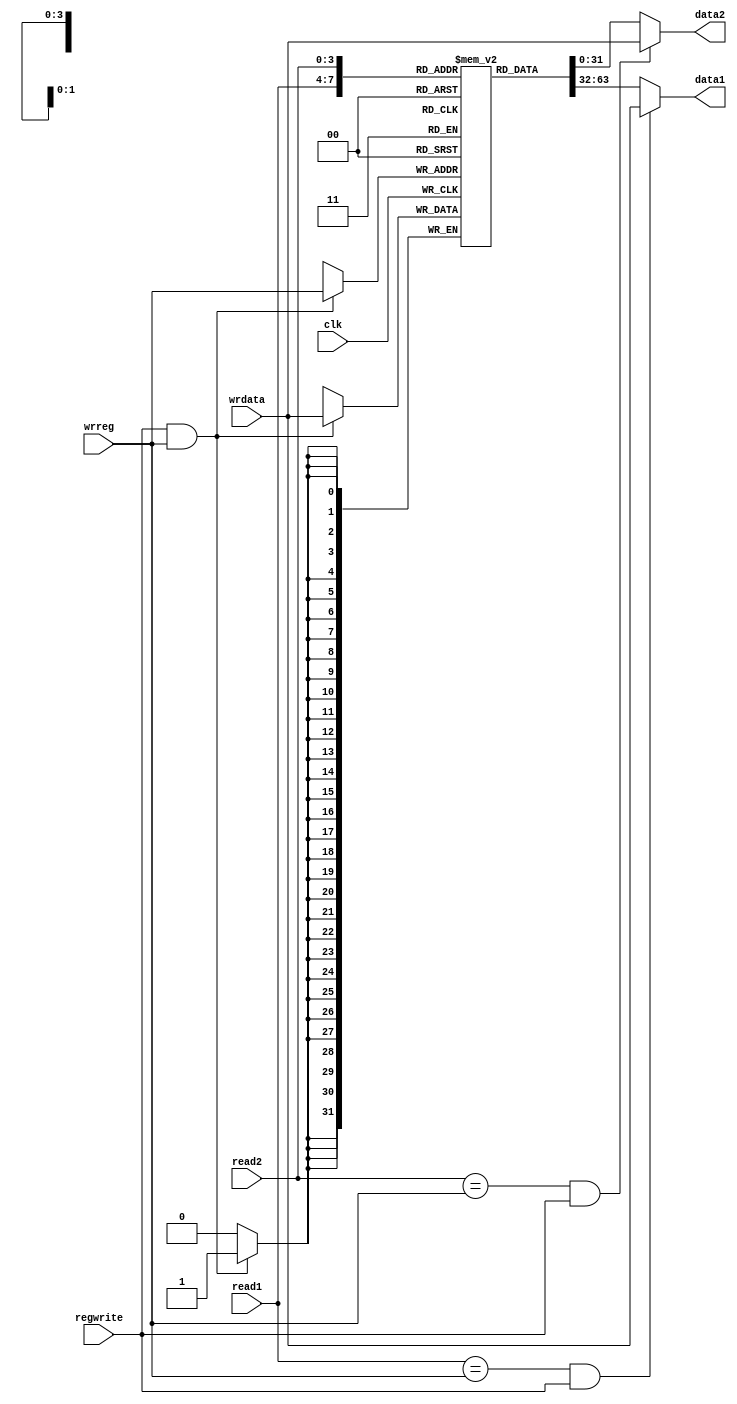
/*
 * regm - register memory
 *
 * A 32-bit register memory.  Two registers can be read at once. The
 * variables `read1` and `read2` specify which registers to read.  The
 * output is placed in `data1` and `data2`.
 *
 * If `regwrite` is high, the value in `wrdata` will be written to the
 * register in `wrreg`.
 *
 * The register at address $zero is treated special, it ignores
 * assignment and the value read is always zero.
 *
 * If the register being read is the same as that being written, the
 * value being written will be available immediately without a one
 * cycle delay.
 *
 */

`ifndef _regm
`define _regm

`ifndef DEBUG_CPU_REG
`define DEBUG_CPU_REG 0
`endif

module regm(
		input wire			clk,
		input wire  [3:0]	read1, read2,
		output wire [31:0]	data1, data2,
		input wire			regwrite,
		input wire	[3:0]	wrreg,
		input wire	[31:0]	wrdata);

	reg [31:0] mem [0:15];  // 32-bit memory with 32 entries

	reg [31:0] _data1, _data2;

	initial begin
		if (`DEBUG_CPU_REG) begin
			$display("     v0,      v1,      v2,      v3,      v4,      v5,      v6,      v7,      r0,      r1");
			$monitor("%x, %x, %x, %x, %x, %x, %x, %x, %x, %x",
					mem[0][31:0],	/* v0 */
					mem[1][31:0],	/* v1 */
					mem[2][31:0],	/* v2 */
					mem[3][31:0],	/* v3 */
					mem[4][31:0],	/* v4 */
					mem[5][31:0],	/* v5 */
					mem[6][31:0],	/* v6 */
					mem[7][31:0],	/* v7 */
					mem[8][31:0],	/* v8 */
					mem[9][31:0],	/* r0 */
					mem[10][31:0],	/* r1 */
				);
		end
	end

	always @(*) begin
		if ((read1 == wrreg) && regwrite)
			_data1 = wrdata;
		else
			_data1 = mem[read1][31:0];
	end

	always @(*) begin
		if ((read2 == wrreg) && regwrite)
			_data2 = wrdata;
		else
			_data2 = mem[read2][31:0];
	end

	assign data1 = _data1;
	assign data2 = _data2;

	always @(posedge clk) begin
		if (regwrite && wrreg) begin
			mem[wrreg] <= wrdata;
		end
	end
endmodule

`endif